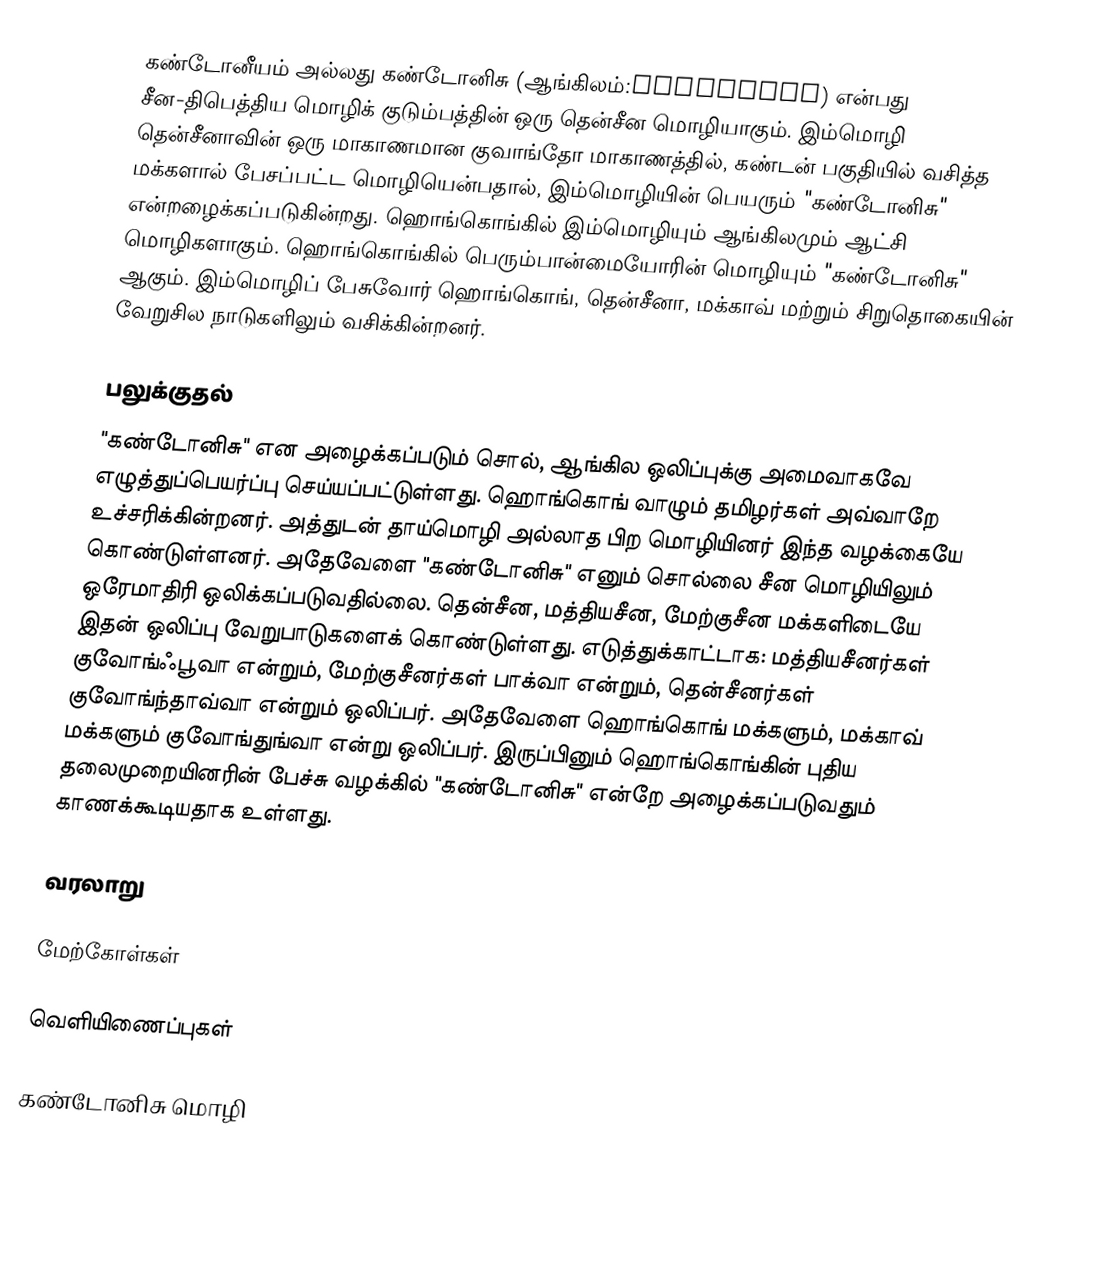
கண்டோனீயம் அல்லது கண்டோனிசு (ஆங்கிலம்:Cantonese) என்பது சீன-திபெத்திய மொழிக் குடும்பத்தின் ஒரு தென்சீன மொழியாகும். இம்மொழி தென்சீனாவின் ஒரு மாகாணமான குவாங்தோ மாகாணத்தில், கண்டன் பகுதியில் வசித்த மக்களால் பேசப்பட்ட மொழியென்பதால், இம்மொழியின் பெயரும் "கண்டோனிசு" என்றழைக்கப்படுகின்றது. ஹொங்கொங்கில் இம்மொழியும் ஆங்கிலமும் ஆட்சி மொழிகளாகும். ஹொங்கொங்கில் பெரும்பான்மையோரின் மொழியும் "கண்டோனிசு" ஆகும். இம்மொழிப் பேசுவோர் ஹொங்கொங், தென்சீனா, மக்காவ் மற்றும் சிறுதொகையின் வேறுசில நாடுகளிலும் வசிக்கின்றனர்.

பலுக்குதல்
"கண்டோனிசு" என அழைக்கப்படும் சொல், ஆங்கில ஒலிப்புக்கு அமைவாகவே எழுத்துப்பெயர்ப்பு செய்யப்பட்டுள்ளது. ஹொங்கொங் வாழும் தமிழர்கள் அவ்வாறே உச்சரிக்கின்றனர். அத்துடன் தாய்மொழி அல்லாத பிற மொழியினர் இந்த வழக்கையே கொண்டுள்ளனர். அதேவேளை "கண்டோனிசு" எனும் சொல்லை சீன மொழியிலும் ஒரேமாதிரி ஒலிக்கப்படுவதில்லை. தென்சீன, மத்தியசீன, மேற்குசீன மக்களிடையே இதன் ஒலிப்பு வேறுபாடுகளைக் கொண்டுள்ளது. எடுத்துக்காட்டாக: மத்தியசீனர்கள் குவோங்ஃபூவா என்றும், மேற்குசீனர்கள் பாக்வா என்றும், தென்சீனர்கள் குவோங்ந்தாவ்வா என்றும் ஒலிப்பர். அதேவேளை ஹொங்கொங் மக்களும், மக்காவ் மக்களும் குவோங்துங்வா என்று ஒலிப்பர். இருப்பினும் ஹொங்கொங்கின் புதிய தலைமுறையினரின் பேச்சு வழக்கில் "கண்டோனிசு" என்றே அழைக்கப்படுவதும் காணக்கூடியதாக உள்ளது.

வரலாறு

மேற்கோள்கள்

வெளியிணைப்புகள்

கண்டோனிசு மொழி